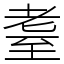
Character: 耋